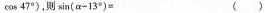
cos 47°)，则$$\sin ( α - 1 3 °) = $$ ( )